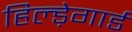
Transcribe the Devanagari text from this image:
हिल्ड़ेगार्ड